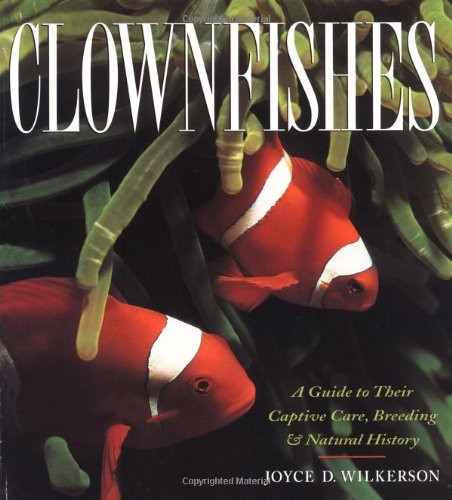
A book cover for Clownfishes: A Guide to Their Captive Care, Breeding & Natural History; Joyce D. Wilkerson; Crafts, Hobbies & Home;